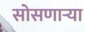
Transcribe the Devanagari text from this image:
सोसणार्‍या